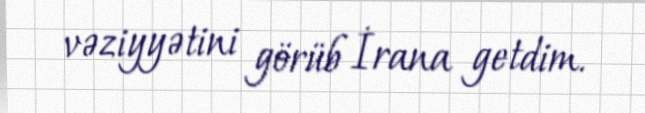
vəziyyətini görüb İrana getdim.